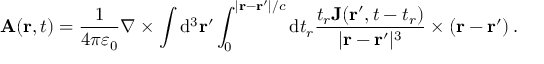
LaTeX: \mathbf { A } ( \mathbf { r } , t ) = { \frac { 1 } { 4 \pi \varepsilon _ { 0 } } } \nabla \times \int \mathrm { d } ^ { 3 } \mathbf { r ^ { \prime } } \int _ { 0 } ^ { | \mathbf { r } - \mathbf { r } ^ { \prime } | / c } \mathrm { d } t _ { r } { \frac { t _ { r } \mathbf { J } ( \mathbf { r ^ { \prime } } , t - t _ { r } ) } { | \mathbf { r } - \mathbf { r } ^ { \prime } | ^ { 3 } } } \times ( \mathbf { r } - \mathbf { r } ^ { \prime } ) \, .